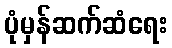
ပုံမှန်ဆက်ဆံရေး